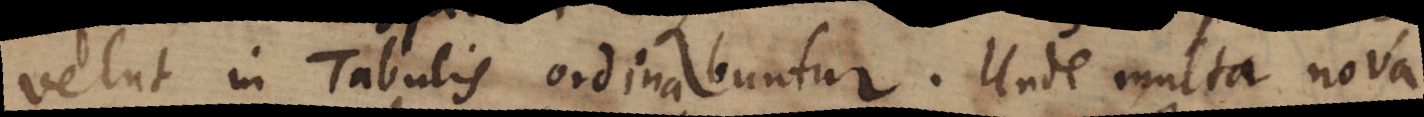
velut in Tabulis ordinabuntur. Unde multa nova